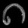
Digit: ၈